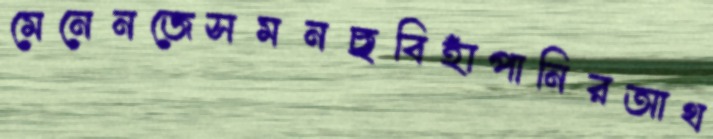
মেনেনজেসমনছবিহাঁপানিরআথ